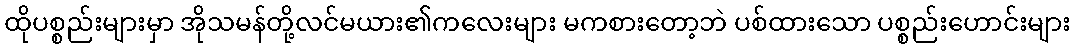
ထိုပစ္စည်းများမှာ အိုသမန်တို့လင်မယား၏ကလေးများ မကစားတော့ဘဲ ပစ်ထားသော ပစ္စည်းဟောင်းများ